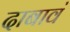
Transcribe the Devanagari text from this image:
दाबावं